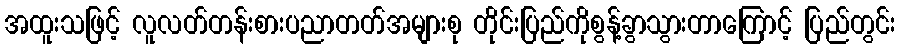
အထူးသဖြင့် လူလတ်တန်းစားပညာတတ်အများစု တိုင်းပြည်ကိုစွန့်ခွာသွားတာကြောင့် ပြည်တွင်း